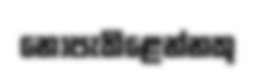
නොපැකිළෙන්නකු